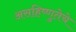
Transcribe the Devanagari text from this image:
असहिष्णुतेचे